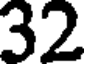
32